Lock hospitals Punjab
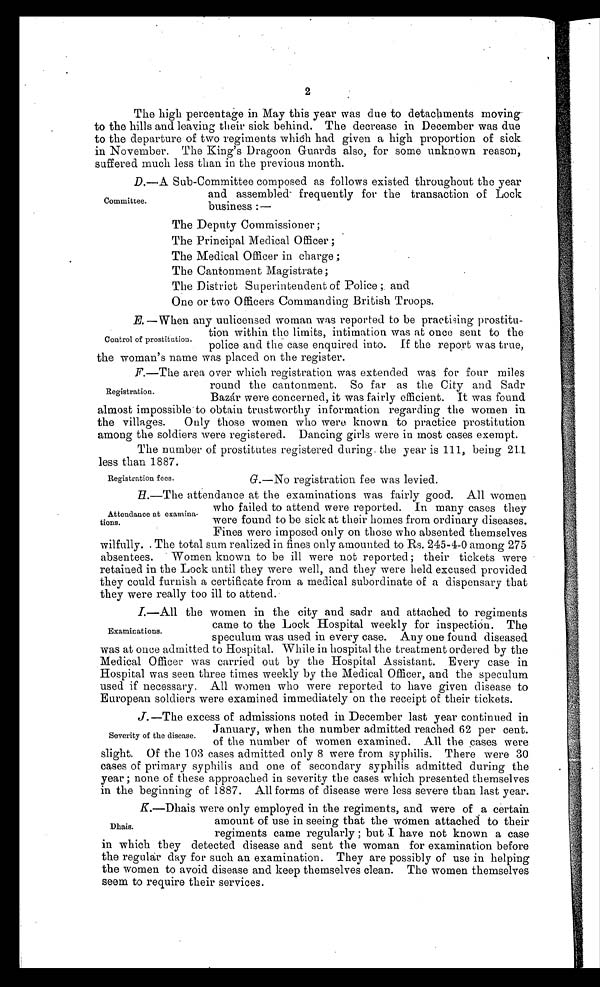
2
The high percentage in May this year was due to detachments moving
to the hills and leaving their sick behind. The decrease in December was due
to the departure of two regiments which had given a high proportion of sick
in November. The King's Dragoon Guards also, for some unknown reason,
suffered much less than in the previous month.
D. —A Sub-Committee composed as follows existed throughout the year
and assembled frequently for the transaction of Lock
business :—
The Deputy Commissioner;
The Principal Medical Officer ;
The Medical Officer in charge ;
The Cantonment Magistrate ;
The District Superintendent of Police ; and
One or two Officers Commanding British Troops.
E. —When any unlicensed woman was reported to be practising prostitu-
tion within the limits, intimation was at once sent to the
police and the case enquired into. If the report was true,
the woman's name was placed on the register.
F. —The area over which registration was extended was for four miles
round the cantonment. So far as the City and Sadr
Bazár were concerned, it was fairly efficient. It was found.
almost impossible to obtain trustworthy information onregarding the women in
the villages. Only those women who were known to practice prostitution
among the soldiers were registered. Dancing girls were in most cases exempt.
The number of prostitutes registered during. the year is 111, being 211
less than 1887.
G.—No registration fee was levied.
H. —The attendance at the examinations was fairly good. All women
who failed to attend were reported. In many cases they
were found to be sick at their homes from ordinary diseases.
Fines were imposed only on those who absented themselves
wilfully. . The total sum realized in fines only amounted to Rs. 245-4-0 among 275
absentees. Women known to be ill were not reported ; their tickets were
retained in the Lock until they were well, and they were held excused provided
they could furnish a certificate from a medical subordinate of a dispensary that
they were really too ill to attend.
I .
— A l l t h e w o m e n i n t h e c i t y a n d s a d r a n d a t t a c h e d t o r e g i m e n t s
came to the Lock Hospital weekly for inspection. The
speculum was used in every case. Any one found diseased
was at once admitted to Hospital. While in hospital the treatment ordered by the
Medical Officer was carried out by the Hospital Assistant. Every case in
Hospital was seen three times weekly by the Medical Officer, and the speculum
used if necessary. All women who were reported to have given disease to
European soldiers were examined immediately on the receipt of their tickets.
J. —The excess of admissions noted in December last year continued in
January, when the number admitted reached 62 per cent.
of the number of women examined. All the cases were
slight. Of the 103 cases admitted only 8 were from syphilis. There were 30
cases of primary syphilis and one of secondary syphilis admitted during the
year ; none of these approached in severity the cases which presented themselves
in the beginning of 1887. All forms of disease were less severe than last year.
K.—Dhais were only employed in the regiments, and were of a certain
amount of use in seeing that the women attached to their
regiments came regularly ; but I have not known a case
in which they detected disease and sent the woman for examination before
the regular day for such an examination. They are possibly of use in helping
the women to avoid disease and keep themselves clean. The women themselves
seem to require their services.
Committee.
Control of prostitution.
Registration.
Registration fees.
Attendance at examina-
tions.
Examinations.
Severity of the disease.
Dhais.